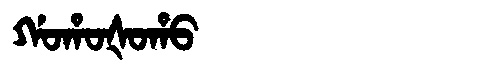
Manchu: ᡤᠣᡥᠣᡧᠣᡥᠣ
Romanization: GOHOŠOHO